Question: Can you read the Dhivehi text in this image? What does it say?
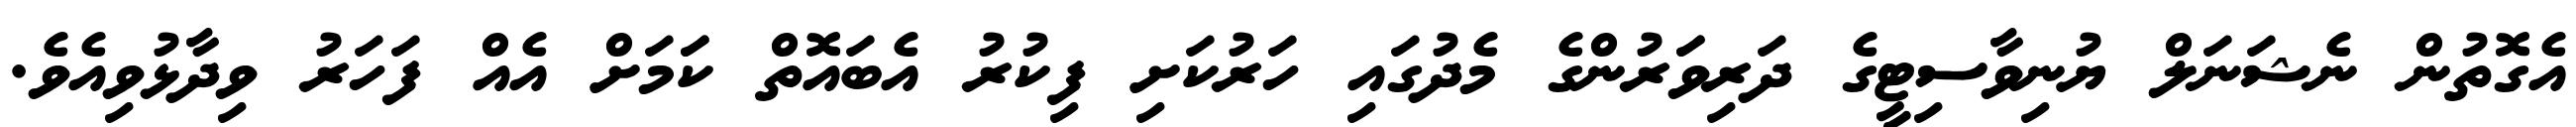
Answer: އެގޮތުން ނެޝަނަލް ޔުނިވާސިޓީގެ ދަރިވަަރުންގެ މެދުގައި ހަރުކަށި ފިކުރު އެބައޮތް ކަަމަށް އެއް ފަހަރު ވިދާޅުވިއެވެ.